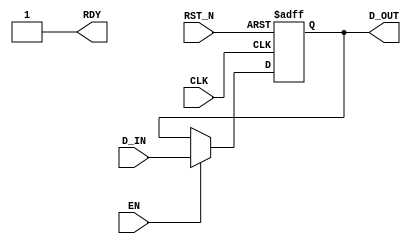
module ff(
	input wire CLK,
	input wire RST_N,
	input wire [7:0] D_IN,
	input wire EN,
	output wire RDY,
	output wire [7:0] D_OUT
);

reg [7:0] dff;
assign D_OUT=dff;
assign RDY=1;
always @(posedge CLK or negedge RST_N)begin
	if (! RST_N)
		dff<=0;
	else if(EN)dff<=D_IN;
end
endmodule